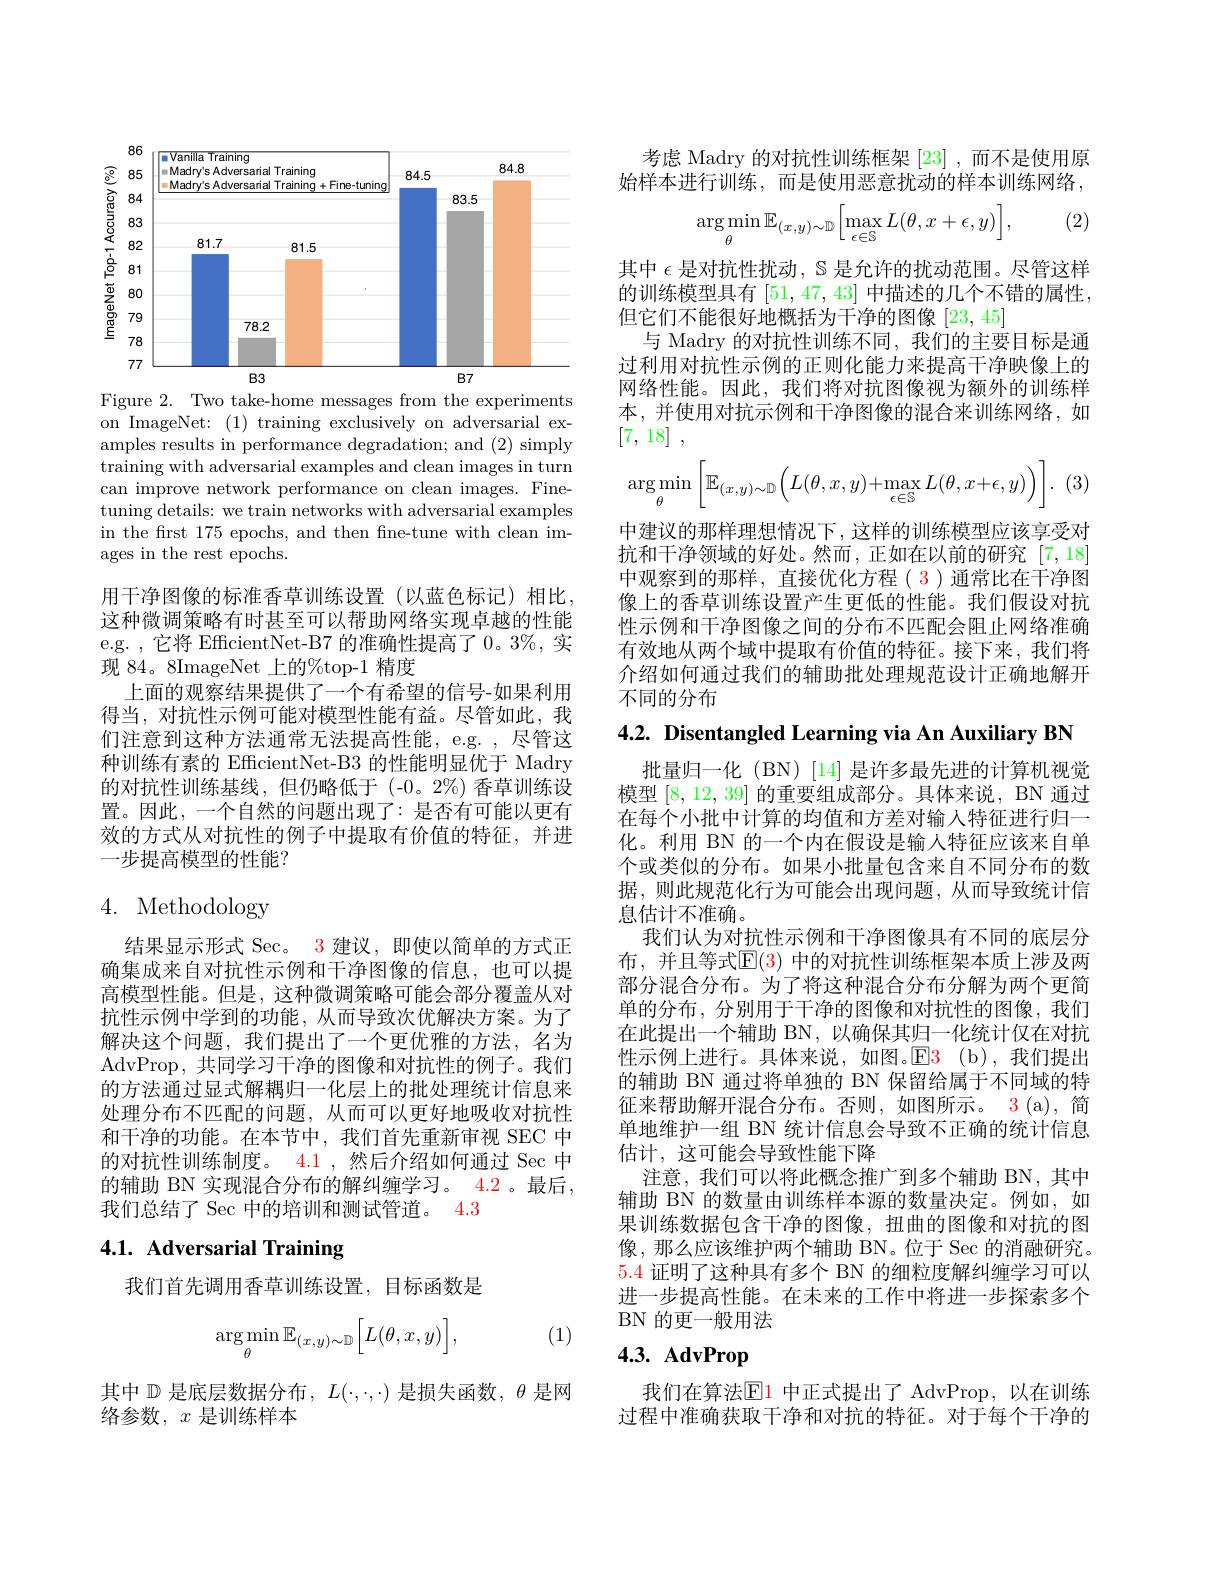
<FigureHere>

Figure 2. Two take-home messages from the experiments on ImageNet: (1) training exclusively on adversarial examples results in performance degradation; and (2) simply training with adversarial examples and clean images in turn can improve network performance on clean images. Finetuning details: we train networks with adversarial examples in the first 175 epochs, and then fine-tune with clean images in the rest epochs.

用干净图像的标准香草训练设置(以蓝色标记)相比这种微调策略有时甚至可以帮助网络实现卓越的性能e.g. , 它将 EfficientNet-B7 的准确性提高了$0。3\%$,实现 84。8ImageNet 上的%top-1 精度
上面的观察结果提供了一个有希望的信号-如果利用得当，对抗性示例可能对模型性能有益。尽管如此，我们注意到这种方法通常无法提高性能，e.g. , 尽管这种训练有素的 EfficientNet-B3 的性能明显优于 Madry 的对抗性训练基线，但仍略低于(-0。2%)香草训练设置。因此，一个自然的问题出现了：是否有可能以更有效的方式从对抗性的例子中提取有价值的特征，并进一步提高模型的性能？

# 4. Methodology

结果显示形式 Sec。3 建议，即使以简单的方式正确集成来自对抗性示例和干净图像的信息，也可以提高模型性能。但是，这种微调策略可能会部分覆盖从对抗性示例中学到的功能，从而导致次优解决方案。为了解决这个问题，我们提出了一个更优雅的方法，名为AdvProp, 共同学习干净的图像和对抗性的例子。我们的方法通过显式解耦归一化层上的批处理统计信息来处理分布不匹配的问题，从而可以更好地吸收对抗性和干净的功能。在本节中，我们首先重新审视 SEC 中的对抗性训练制度。$\color{red}{4.1}$ ,然后介绍如何通过 Sec 中的辅助 BN 实现混合分布的解纠缠学习。4.2 。最后， 我们总结了 Sec 中的培训和测试管道。4.3

# 4.1. Adversarial Training

我们首先调用香草训练设置，目标函数是

(1)
$$\underset{\theta}{\arg\min}\mathbb{E}_{(x,y)\sim\mathbb{D}}\Big[L(\theta,x,y)\Big],$$
其中$\mathbb{D}$是底层数据分布，$L(\cdot,\cdot,\cdot)$是损失函数，$\theta$是网
络参数，$x$是训练样本

考虑 Madry 的对抗性训练框架[23] ,而不是使用原始样本进行训练，而是使用恶意扰动的样本训练网络，

(2)
$$\arg\min_{\theta}\mathbb{E}_{(x,y)\sim\mathbb{D}}\bigg[\max_{\epsilon\in\mathbb{S}}L(\theta,x+\epsilon,y)\bigg],$$
其中$\epsilon$是对抗性扰动，$\mathbb{S}$是允许的扰动范围。尽管这样的训练模型具有[51,47,43]中描述的几个不错的属性， 但它们不能很好地概括为干净的图像[23,45]
与 Madry 的对抗性训练不同，我们的主要目标是通过利用对抗性示例的正则化能力来提高干净映像上的网络性能。因此，我们将对抗图像视为额外的训练样本，并使用对抗示例和干净图像的混合来训练网络，如[7,18] ,
$$\underset{\theta}{\arg\min}\left[\mathbb{E}_{(x,y)\sim\mathbb{D}}\Big(L(\theta,x,y)+\max_{\epsilon\in\mathbb{S}}L(\theta,x+\epsilon,y)\Big)\right].$$
(3
中建议的那样理想情况下，这样的训练模型应该享受对抗和干净领域的好处。然而，正如在以前的研究[7,18] 中观察到的那样，直接优化方程( 3 )通常比在干净图像上的香草训练设置产生更低的性能。我们假设对抗性示例和干净图像之间的分布不匹配会阻止网络准确有效地从两个域中提取有价值的特征。接下来，我们将介绍如何通过我们的辅助批处理规范设计正确地解开不同的分布

4.2. Disentangled Learning via An Auxiliary BN

批量归一化 (BN)[14] 是许多最先进的计算机视觉模型[8,12,39]的重要组成部分。具体来说，BN 通过在每个小批中计算的均值和方差对输人特征进行归一化。利用 BN 的一个内在假设是输入特征应该来自单个或类似的分布。如果小批量包含来自不同分布的数据，则此规范化行为可能会出现问题，从而导致统计信息估计不准确。
我们认为对抗性示例和干净图像具有不同的底层分布，并且等式$\mathbb{E}(3)$ 中的对抗性训练框架本质上涉及两部分混合分布。为了将这种混合分布分解为两个更简单的分布，分别用于干净的图像和对抗性的图像，我们在此提出一个辅助 BN,以确保其归一化统计仅在对抗性示例上进行。具体来说，如图。$\color{red}{\mathrm{E3}}$(b),我们提出的辅助 BN 通过将单独的 BN 保留给属于不同域的特征来帮助解开混合分布。否则，如图所示。3(a),简单地维护一组 BN 统计信息会导致不正确的统计信息估计，这可能会导致性能下降
注意，我们可以将此概念推广到多个辅助 BN,其中辅助 BN 的数量由训练样本源的数量决定。例如，如果训练数据包含干净的图像，扭曲的图像和对抗的图像，那么应该维护两个辅助 BN。位于 Sec 的消融研究。5.4证明了这种具有多个 BN 的细粒度解纠缠学习可以进一步提高性能。在未来的工作中将进一步探索多个BN 的更一般用法
4.3. AdvProp

我们在算法$\overline{\mathrm{E}}$1 中正式提出了 AdvProp,以在训练过程中准确获取干净和对抗的特征。对于每个干净的